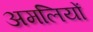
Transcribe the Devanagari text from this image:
अमलियों